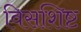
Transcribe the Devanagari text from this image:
विसशिष्ट